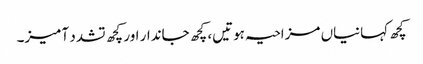
کچھ کہانیاں مزاحیہ ہوتیں، کچھ جاندار اور کچھ تشدد آمیز۔